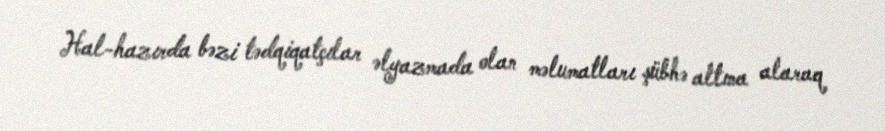
Hal-hazırda bəzi tədqiqatçılar əlyazmada olan məlumatları şübhə altına alaraq